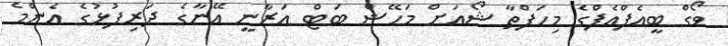
ވޯގް ބީއެފްއެފްގެ މިހަފްތާ ޝޯއަށް މަހޭޝް ބަޓް އަރާނީ އޭނާގެ ދަރިފުޅުގެ އެންމެ